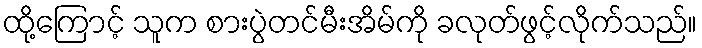
ထို့ကြောင့် သူက စားပွဲတင်မီးအိမ်ကို ခလုတ်ဖွင့်လိုက်သည်။